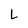
Character: L